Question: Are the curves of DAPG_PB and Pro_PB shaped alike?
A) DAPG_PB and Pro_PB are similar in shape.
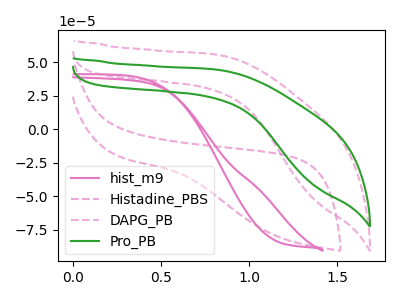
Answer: <think>The pink curve "hist_m9" has no peaks. The pink dashed curve "Histadine_PBS" has no peaks. The pink dashed curve "DAPG_PB" has no peaks. The green curve "Pro_PB" has no peaks.
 Neither "DAPG_PB" or "Pro_PB" have any peaks.</think>
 <answer>A) "DAPG_PB" and "Pro_PB" are similar in shape.</answer>
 <eval>A</eval>